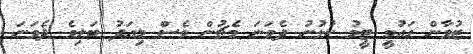
ޒުވާން ގައުމީ ޓީމު ކުޅުނު ދެވަނަ މެޗުން ވެސް މިއަދު ބަލިވެ ދެވަނަ